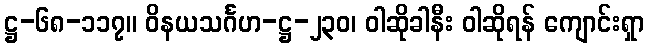
ဋ္ဌ-၆၈-၁၁၇။ ဝိနယသင်္ဂဟ-ဋ္ဌ-၂၃၀၊ ဝါဆိုခါနီး ဝါဆိုရန် ကျောင်းရှာ